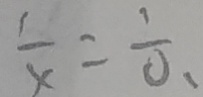
\frac { 1 } { x } = \frac { 1 } { 0 . }